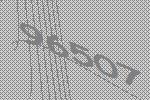
96507